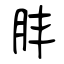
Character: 肨